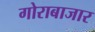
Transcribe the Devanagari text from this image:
गोराबाजार